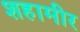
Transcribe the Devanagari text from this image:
शहामीर